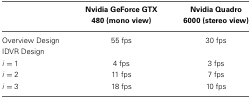
<table><thead><tr><td></td><td><b>Nvidia GeForce GTX 480 (mono view)</b></td><td><b>Nvidia Quadro 6000 (stereo view)</b></td></tr></thead><tbody><tr><td>Overview Design</td><td>55 fps</td><td>30 fps</td></tr><tr><td>IDVR Design</td><td></td><td></td></tr><tr><td><i>i</i> = 1</td><td>4 fps</td><td>3 fps</td></tr><tr><td><i>i</i> = 2</td><td>11 fps</td><td>7 fps</td></tr><tr><td><i>i</i> = 3</td><td>18 fps</td><td>10 fps</td></tr></tbody></table>